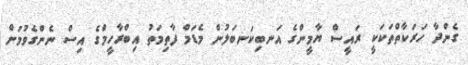
ގެންދާ ހަރަކާތްތަކަކީ ރައީސް ޔާމީންގެ އަނބިކަނބަލުން މެޑަމް ފާތިމަތު އިބްރާހީމްގެ އިސް ނެންގެވުމަށް